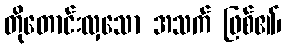
တိုတောင်းလှသော အသက် ဖြစ်၏၊